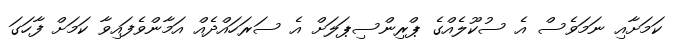
ކަމަށާއި ނަމަވެސް އެ ސުކޫލެއްގެ ޕްރިންސިޕަލަށް އެ ސަރަހައްދެއް އަމާންވެފައިވާ ކަމަށް ފާހަގަ